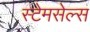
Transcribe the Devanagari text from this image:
स्टेमसेल्स